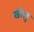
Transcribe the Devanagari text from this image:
खोलु